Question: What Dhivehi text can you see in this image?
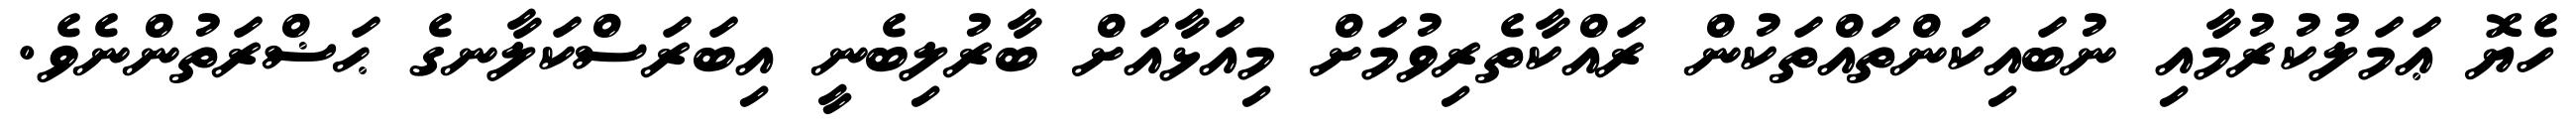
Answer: ހެޔޮ ޢަމަލުކުރުމާއި ނުބައިކަންތައްތަކުން ރައްކާތެރިވުމަށް މިއަޅާއަށް ބާރުލިބެނީ އިބަރަސްކަލާނގެ ޙަޟްރަތުންނެވެ.